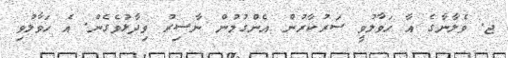
ޖ. ވެލާނާގެ އާ ހަވާލުވީ ސަރުކާރުން އެންގުމުން ނާސިރު ވިދާޅުވެގެން. އެ ހަވާލުވި